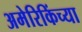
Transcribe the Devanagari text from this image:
अमेरिकिंच्या